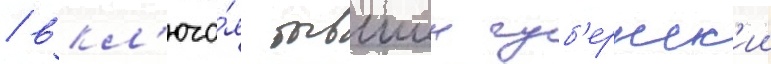
/ вкл'юча́я бывшии губ'ернск'ии